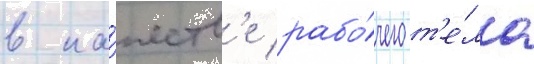
в ка́честв'е рабо́чего т'е́ла